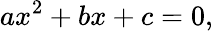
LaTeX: ax^{2}+bx+c=0,